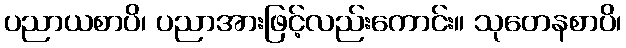
ပညာယစာပိ၊ ပညာအားဖြင့်လည်းကောင်း။ သုတေနစာပိ၊